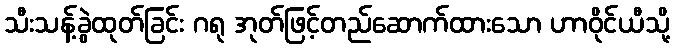
သီးသန့်ခွဲထုတ်ခြင်း ဂရု အုတ်ဖြင့်တည်ဆောက်ထားသော ဟာဝိုင်ယီသို့